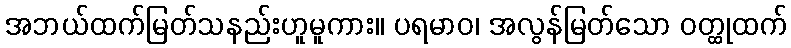
အဘယ်ထက်မြတ်သနည်းဟူမူကား။ ပရမာဝ၊ အလွန်မြတ်သော ဝတ္ထုထက်